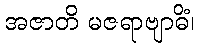
အဇာတိ မဇရာဗျာဓိံ၊